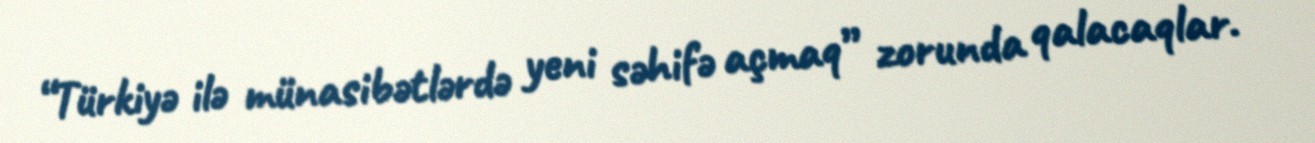
“Türkiyə ilə münasibətlərdə yeni səhifə açmaq” zorunda qalacaqlar.